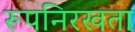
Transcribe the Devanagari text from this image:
रूपनिरखता